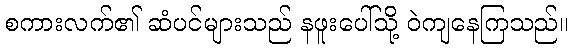
စကားလက်၏ ဆံပင်များသည် နဖူးပေါ်သို့ ဝဲကျနေကြသည်။